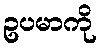
ဥပမာကို